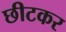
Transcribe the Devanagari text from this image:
छीटकर